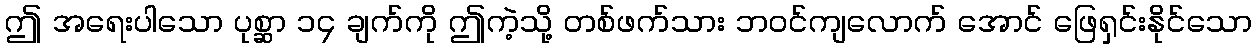
ဤ အရေးပါသော ပုစ္ဆာ ၁၄ ချက်ကို ဤကဲ့သို့ တစ်ဖက်သား ဘဝင်ကျလောက် အောင် ဖြေရှင်းနိုင်သော